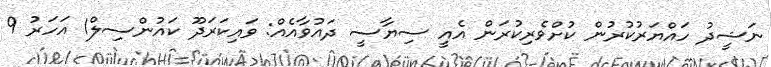
ނަޝީދު ހައްޔަރުކުރުން ކުށްވެރިކުރަން އެއީ ސިޔާސީ ދައުވާއެއް: ވައިކަރަދޫ ކައުންސިލް1 އަހަރު 9